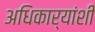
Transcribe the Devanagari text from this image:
अधिकार्‍यांशी